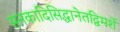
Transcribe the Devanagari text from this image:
सनकादिसिद्धानेतद्विमर्शे